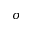
\sigma